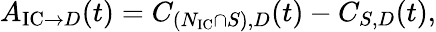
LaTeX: \begin{array}{r}{A_{\textrm{IC}\rightarrow D}(t)=C_{(N_{\textrm{IC}}\cap S),D}(t)-C_{S,D}(t),}\end{array}